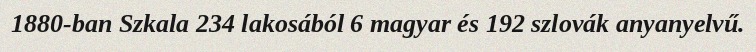
1880-ban Szkala 234 lakosából 6 magyar és 192 szlovák anyanyelvű.